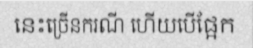
នេះច្រើនករណី ហើយបើផ្អែក